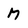
Character: M